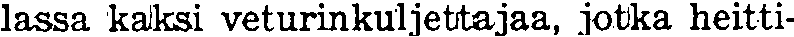
lassa kaksi veturinkuljettajaa, jotka heitti-